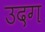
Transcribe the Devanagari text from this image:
उदग